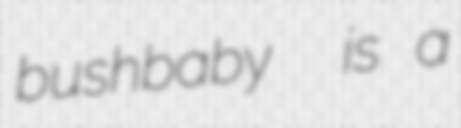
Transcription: bushbaby  is a